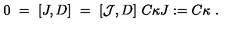
0 \ = \ [ J , D ] \ = \ [ { \mathcal J } , D ] \ C \kappa J : = C \kappa \ .